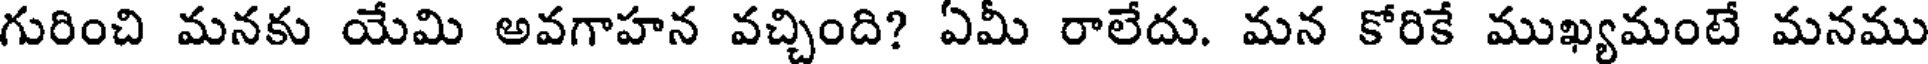
గురించి మనకు యేమి అవగాహన వచ్చింది? ఏమీ రాలేదు. మన కోరికే ముఖ్యమంటే మనము